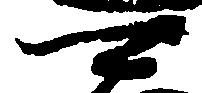
可